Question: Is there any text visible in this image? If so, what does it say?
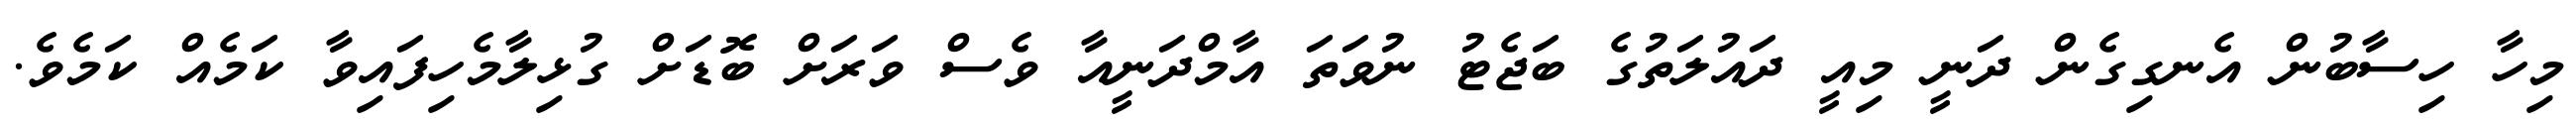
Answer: މިހާ ހިސާބުން އެނގިގެން ދަނީ މިއީ ދައުލަތުގެ ބަޖެޓު ނުވަތަ އާމްދަނީއާ ވެސް ވަރަށް ބޮޑަށް ގުޅިލާމެހިފައިވާ ކަމެއް ކަމެވެ.